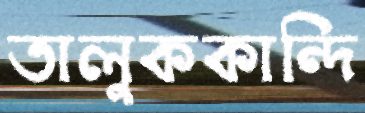
তালুককান্দি